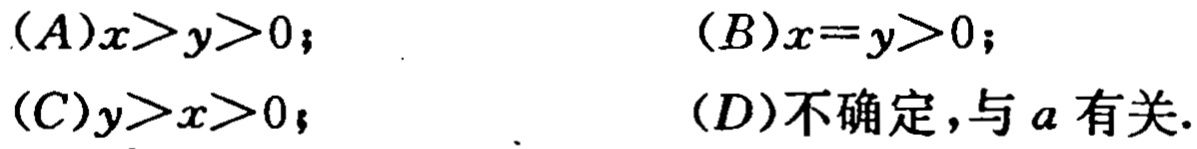
(A)$x > y > 0$；

(B)$x = y > 0$；

(C)$y > x > 0$；

(D)不确定，与$a$有关.